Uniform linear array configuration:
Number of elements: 4
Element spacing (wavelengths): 0.5
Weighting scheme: cosine
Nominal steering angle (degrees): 0
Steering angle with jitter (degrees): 1.45
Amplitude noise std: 0.05
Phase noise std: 0.05

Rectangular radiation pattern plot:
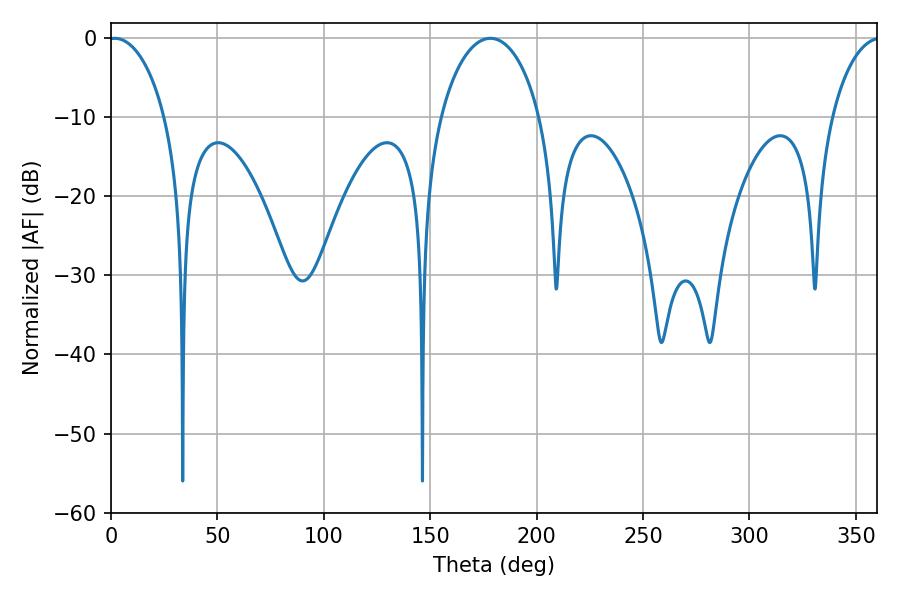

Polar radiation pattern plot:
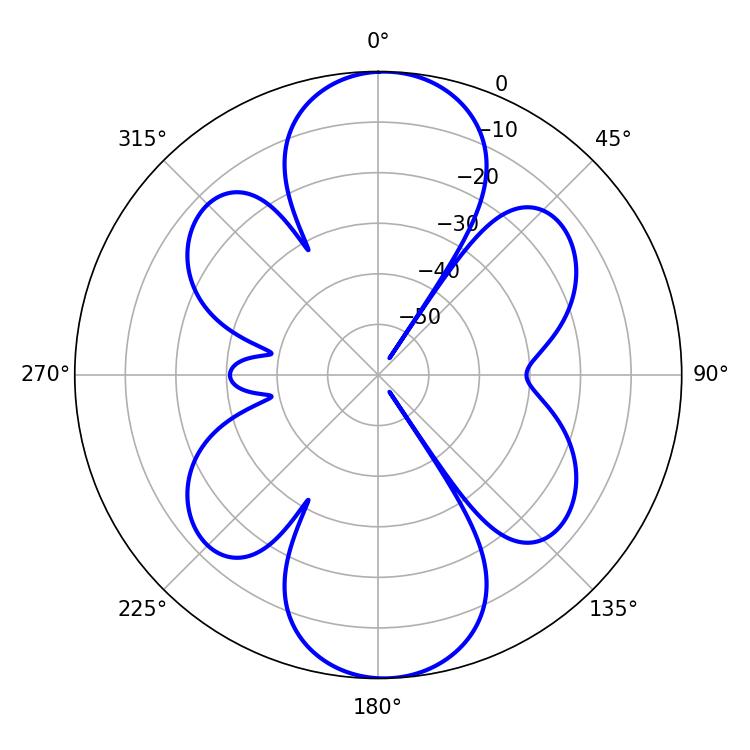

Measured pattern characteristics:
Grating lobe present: FALSE
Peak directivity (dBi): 18.377
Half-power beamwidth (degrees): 27
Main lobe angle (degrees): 178.2